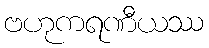
ဗဟုကရဏီယဿ